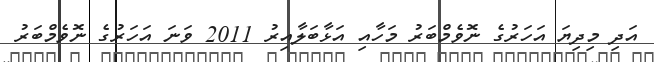
އަދި މިދިޔަ އަހަރުގެ ނޮވެމްބަރު މަހާއި އަޅާބަލާއިރު 2011 ވަނަ އަހަރުގެ ނޮވެމްބަރު